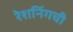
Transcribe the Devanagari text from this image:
रेशनिंगची